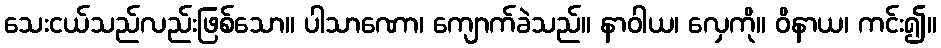
သေးငယ်သည်လည်းဖြစ်သော။ ပါသာဏော၊ ကျောက်ခဲသည်။ နာဝါယ၊ လှေကို။ ဝိနာယ၊ ကင်း၍။